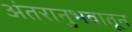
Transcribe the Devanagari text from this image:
अंतरानुभवातून